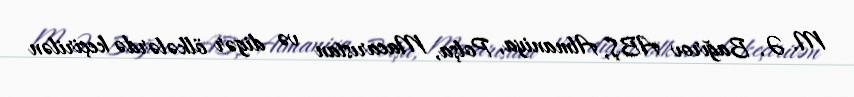
M. Ə. Bağırov ABŞ, Almaniya, Polşa, Macarıstan və digər ölkələrdə keçirilən